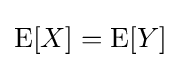
\operatorname {E} [X]=\operatorname {E} [Y]